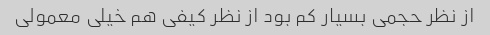
از نظر حجمی بسیار کم بود از نظر کیفی هم خیلی معمولی